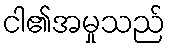
ငါ၏အမှုသည်